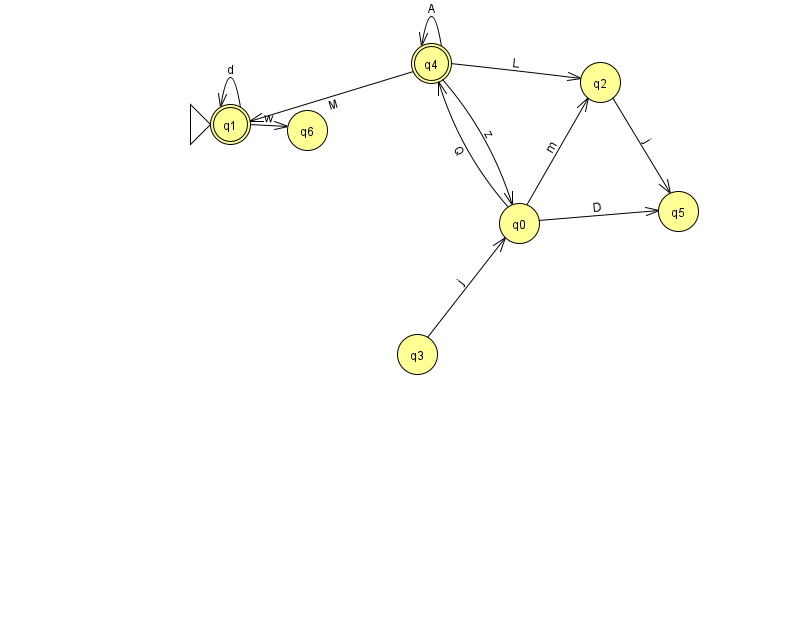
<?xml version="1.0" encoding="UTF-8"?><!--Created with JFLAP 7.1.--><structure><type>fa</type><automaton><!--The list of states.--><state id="0" name="q0"><x>519.0</x><y>210.0</y></state><state id="1" name="q1"><x>230.0</x><y>111.0</y><initial/><final/></state><state id="2" name="q2"><x>600.0</x><y>69.0</y></state><state id="3" name="q3"><x>417.0</x><y>341.0</y></state><state id="4" name="q4"><x>431.0</x><y>50.0</y><final/></state><state id="5" name="q5"><x>678.0</x><y>198.0</y></state><state id="6" name="q6"><x>307.0</x><y>117.0</y></state><!--The list of transitions.--><transition><from>4</from><to>4</to><read>A</read></transition><transition><from>0</from><to>2</to><read>m</read></transition><transition><from>1</from><to>6</to><read>w</read></transition><transition><from>1</from><to>1</to><read>d</read></transition><transition><from>3</from><to>0</to><read>j</read></transition><transition><from>4</from><to>2</to><read>L</read></transition><transition><from>0</from><to>4</to><read>Q</read></transition><transition><from>2</from><to>5</to><read>j</read></transition><transition><from>0</from><to>5</to><read>D</read></transition><transition><from>4</from><to>0</to><read>z</read></transition><transition><from>4</from><to>1</to><read>M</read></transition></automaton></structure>